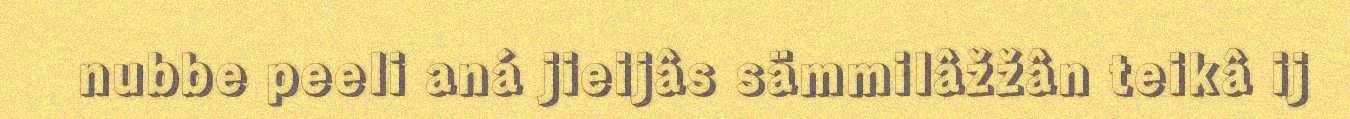
nubbe peeli aná jieijâs sämmilâžžân teikâ ij